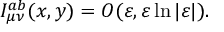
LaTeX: I _ { \mu \nu } ^ { a b } ( x , y ) = { \cal O } ( \varepsilon , \varepsilon \ln | \varepsilon | ) .